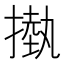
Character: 𢳊